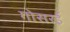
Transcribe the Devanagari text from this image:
गोसरई